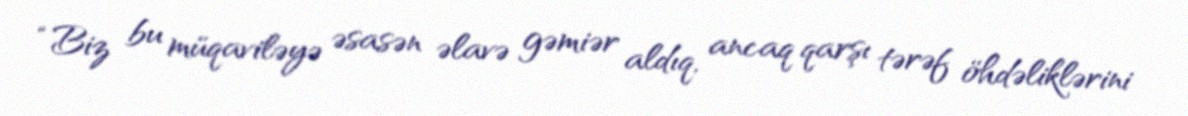
“Biz bu müqaviləyə əsasən əlavə gəmiər aldıq, ancaq qarşı tərəf öhdəliklərini